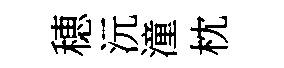
穂沅潼枕